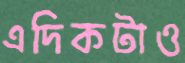
এদিকটাও